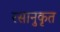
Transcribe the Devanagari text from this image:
रसानुकृत